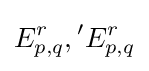
E_{p,q}^{r},{}^{\prime }E_{p,q}^{r}